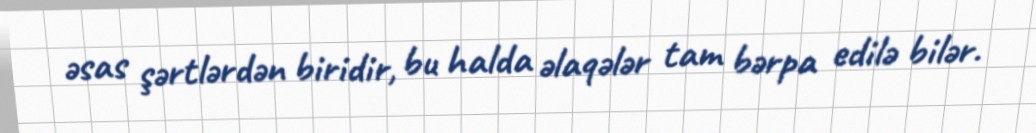
əsas şərtlərdən biridir, bu halda əlaqələr tam bərpa edilə bilər.